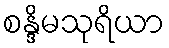
စန္ဒိမသုရိယာ